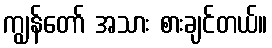
ကျွန်တော် အသား စားချင်တယ်။